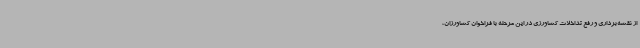
از نقشه‌برداری و رفع تداخلات کشاورزی در این مرحله با فراخوان کشاورزان،